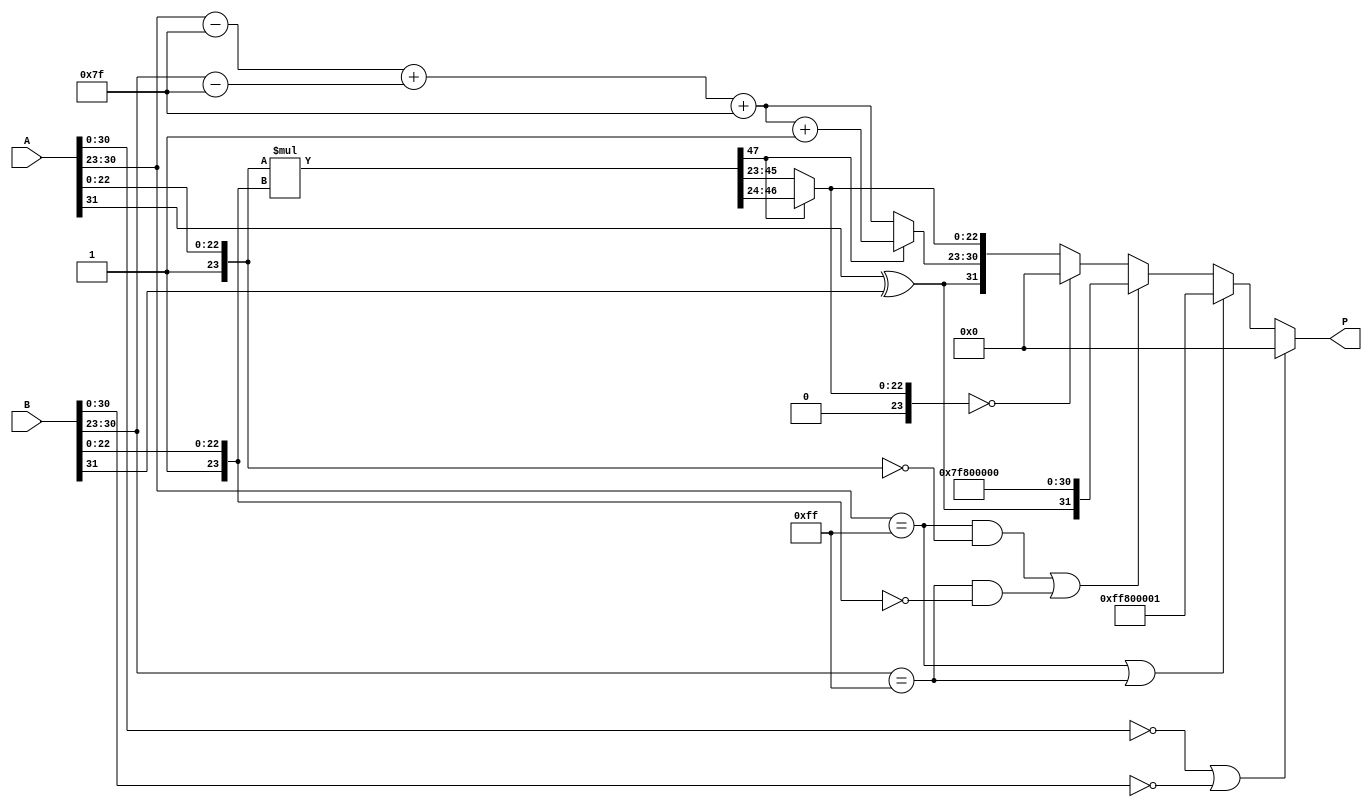
module floating_point_multiplier (
    input wire [31:0] A, // First floating-point operand
    input wire [31:0] B, // Second floating-point operand
    output reg [31:0] P  // Product of A and B
);

    // Constants
    localparam EXPONENT_BIAS = 127;
    localparam EXPONENT_MAX = 255;
    localparam FRACTION_SIZE = 23;
    localparam FRACTION_ZERO = 24'b0; // Zero fraction case
    localparam EXPONENT_ZERO = 8'b0; // Exponent of zero
    localparam EXPONENT_INF = 8'b11111111; // Exponent of infinity

    // Extract sign, exponent, and fraction from inputs
    wire sign_A = A[31];
    wire sign_B = B[31];
    wire [7:0] exp_A = A[30:23];
    wire [7:0] exp_B = B[30:23];
    wire [23:0] frac_A = {1'b1, A[22:0]};
    wire [23:0] frac_B = {1'b1, B[22:0]}; // Implicit leading one for normalized numbers

    reg [31:0] temp_product;
    
    // Calculate sign of the result
    wire sign_result = sign_A ^ sign_B;

    // Check for special cases (zero, inf, NaN)
    wire is_zero_A = (A[30:0] == 0);
    wire is_zero_B = (B[30:0] == 0);
    wire is_inf_A = (exp_A == EXPONENT_INF) && (frac_A[23:0] == 0);
    wire is_inf_B = (exp_B == EXPONENT_INF) && (frac_B[23:0] == 0);
    wire is_nan_A = (exp_A == EXPONENT_INF) && (frac_A[23:0] != 0);
    wire is_nan_B = (exp_B == EXPONENT_INF) && (frac_B[23:0] != 0);

    wire both_zero = is_zero_A || is_zero_B;
    wire both_inf = is_inf_A && is_inf_B;

    // Calculate the new exponent
    wire [7:0] exp_A_adjusted = exp_A - EXPONENT_BIAS; // Normalize exponent
    wire [7:0] exp_B_adjusted = exp_B - EXPONENT_BIAS;
    wire [7:0] exp_sum = exp_A_adjusted + exp_B_adjusted + EXPONENT_BIAS;
    
    // Multiply fractions
    wire [47:0] frac_product = frac_A * frac_B; // 24 bits x 24 bits => up to 48 bits
    
    // Normalization of the result fraction and adjustment of the exponent
    reg [7:0] exp_result;
    reg [23:0] frac_result;

    always @(*) begin
        if (both_zero) begin
            P = 32'b0; // If either input is zero, output is zero
        end else if (is_nan_A || is_nan_B) begin
            P = {1'b1, EXPONENT_INF, 23'b1}; // NaN representation
        end else if (is_inf_A || is_inf_B) begin
            P = {sign_result, EXPONENT_INF, 23'b0}; // Infinity result
        end else begin
            // Normalization logic
            if (frac_product[47]) begin // If overflow (greater than 1)
                frac_result = frac_product[46:24]; // Keep upper 23 bits
                exp_result = exp_sum + 1; // Increment exponent
            end else begin // No overflow
                frac_result = frac_product[45:23]; // Shift right
                exp_result = exp_sum;
            end
            
            // Check for underflow
            if (frac_result == 24'b0) begin
                P = 32'b0; // Result is zero
            end else begin
                // Adjust output based on the normalized values calculated
                P = {sign_result, exp_result[7:0], frac_result[22:0]}; // Assemble result
            end
        end
    end
endmodule